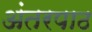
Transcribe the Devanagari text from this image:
अंतरपाठ